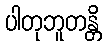
ပါတုဘူတန္တိ